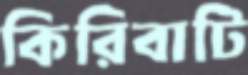
কিরিবাটি